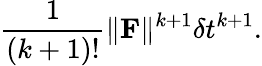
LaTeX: \frac 1{(k+1)!}\| \mathbf F\| ^{k+1}\delta t^{k+1}.